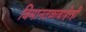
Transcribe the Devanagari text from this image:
विमानतळाबाहेरही